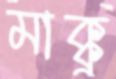
মাক্কু